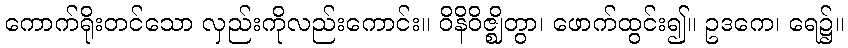
ကောက်ရိုးတင်သော လှည်းကိုလည်းကောင်း။ ဝိနိဝိဇ္ဈိတွာ၊ ဖောက်ထွင်း၍။ ဥဒကေ၊ ရေ၌။